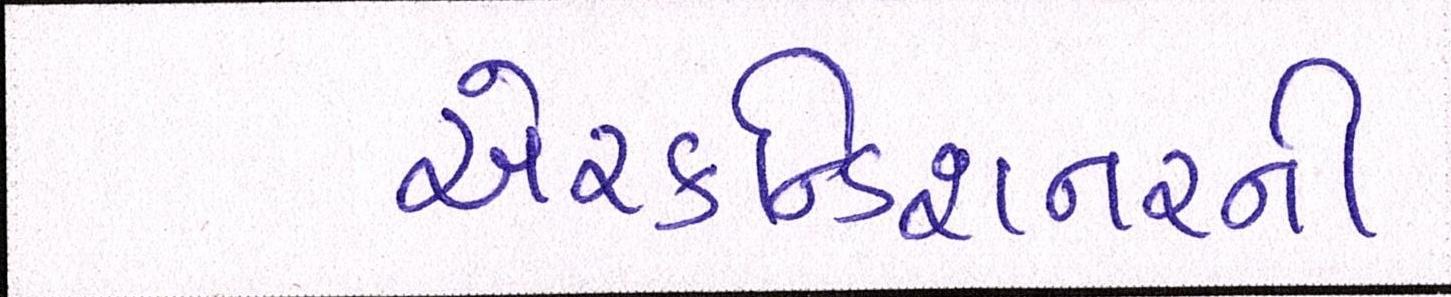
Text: એરકન્ડિશનરની